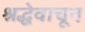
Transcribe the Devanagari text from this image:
श्रद्धेवाचून